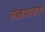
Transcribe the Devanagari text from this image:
लोकपालांनी